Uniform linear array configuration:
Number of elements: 24
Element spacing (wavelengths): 0.5
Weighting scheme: blackman
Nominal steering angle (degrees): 0
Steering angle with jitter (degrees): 1.192
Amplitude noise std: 0.05
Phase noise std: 0.05

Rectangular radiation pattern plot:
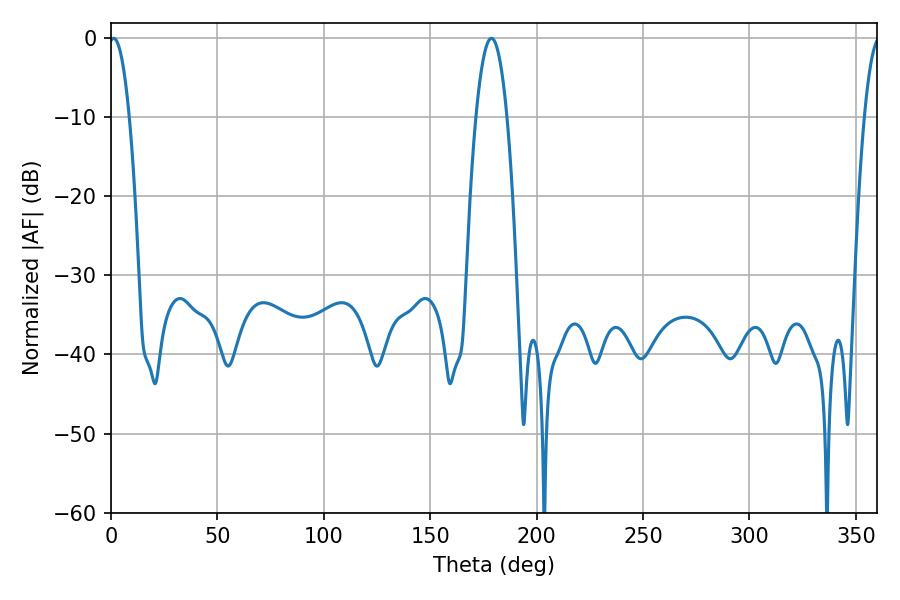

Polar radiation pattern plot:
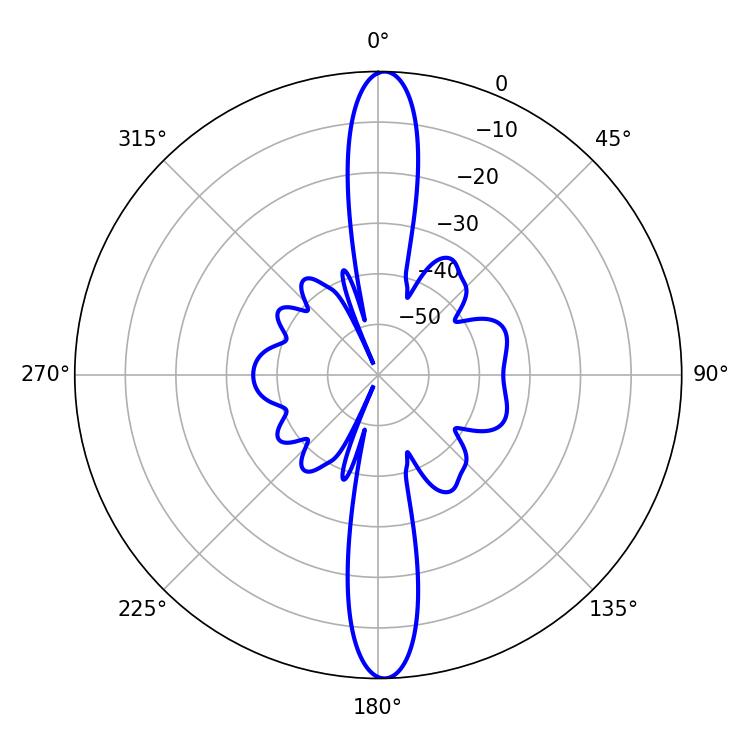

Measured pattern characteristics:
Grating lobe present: FALSE
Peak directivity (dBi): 24.648
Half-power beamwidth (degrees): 5.22
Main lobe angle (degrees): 1.26